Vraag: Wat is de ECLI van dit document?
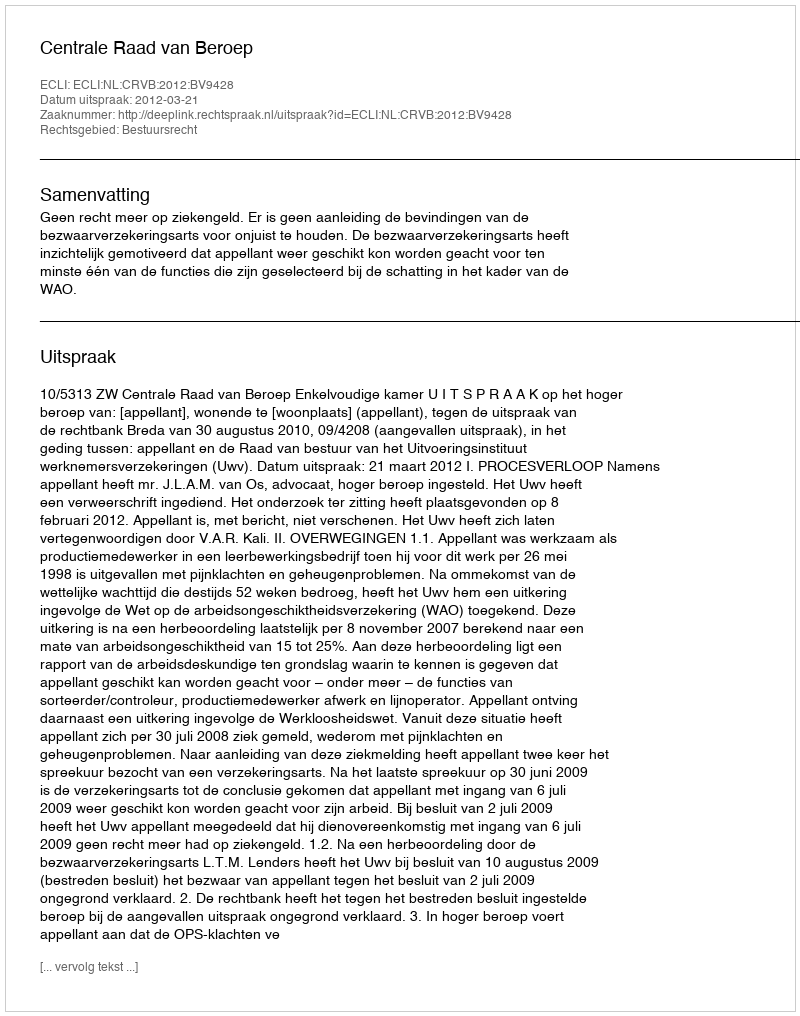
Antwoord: ECLI:NL:CRVB:2012:BV9428